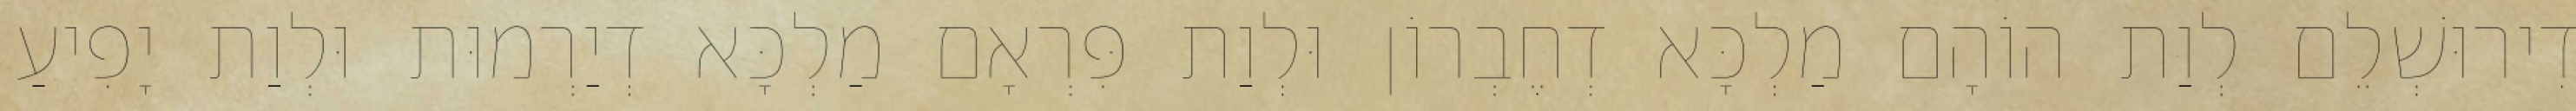
דִירוּשְׁלֵם לְוַת הוֹהָם מַלְכָּא דְחֶבְרוֹן וּלְוַת פִּרְאָם מַלְכָּא דְיַרְמוּת וּלְוַת יָפִיעַ